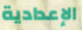
الإعدادية